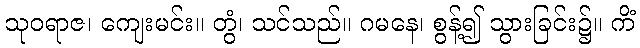
သုဝရာဇ၊ ကျေးမင်း။ တွံ၊ သင်သည်။ ဂမနေ၊ စွန့်၍ သွားခြင်း၌။ ကိံ